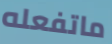
ماتفعله